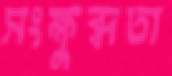
সংক্ষুব্ধতা